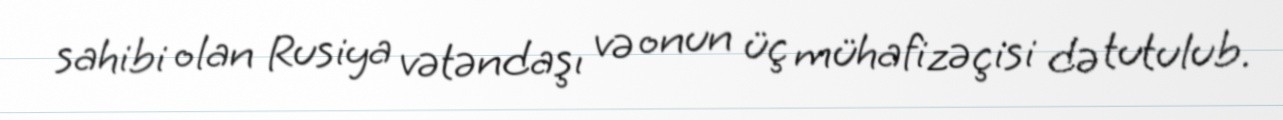
sahibi olan Rusiya vətəndaşı və onun üç mühafizəçisi də tutulub.